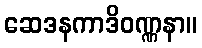
ဆေဒနကာဒိဝဏ္ဏနာ။